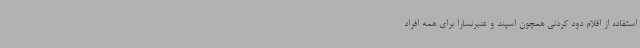
استفاده از اقلام دود کردنی همچون اسپند و عنبرنسارا برای همه افراد